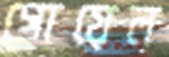
গোয়েল